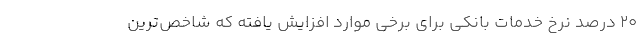
۲۰ درصد نرخ خدمات بانکی برای برخی موارد افزایش یافته که شاخص‌ترین